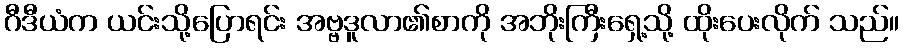
ဂီဒီယံက ယင်းသို့ပြောရင်း အဗ္ဗဒူလာ၏စာကို အဘိုးကြီးရှေ့သို့ ထိုးပေးလိုက် သည်။